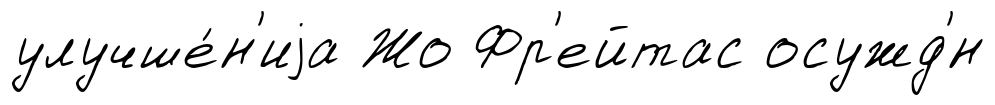
улучше́н'иjа Жо Фр'ейтас осужд'́н